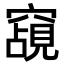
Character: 𮄗